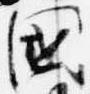
国